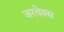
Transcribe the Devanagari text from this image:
जरवेक्स